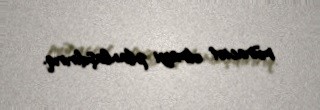
müraciət etməyi planlaşdırırıq.